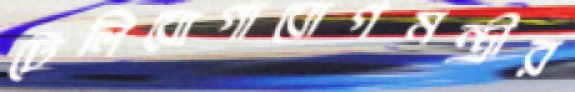
টেলিযোগাযোগমন্ত্রীর